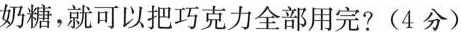
奶糖，就可以把巧克力全部用完？(4分)